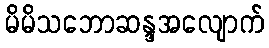
မိမိသဘောဆန္ဒအလျောက်